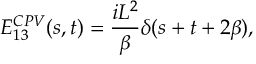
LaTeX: E _ { 1 3 } ^ { C P V } ( s , t ) = { \frac { i L ^ { 2 } } { \beta } } \delta ( s + t + 2 \beta ) ,